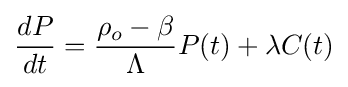
{\frac {dP}{dt}}={\frac {\rho _{o}-\beta }{\Lambda }}P(t)+\lambda C(t)